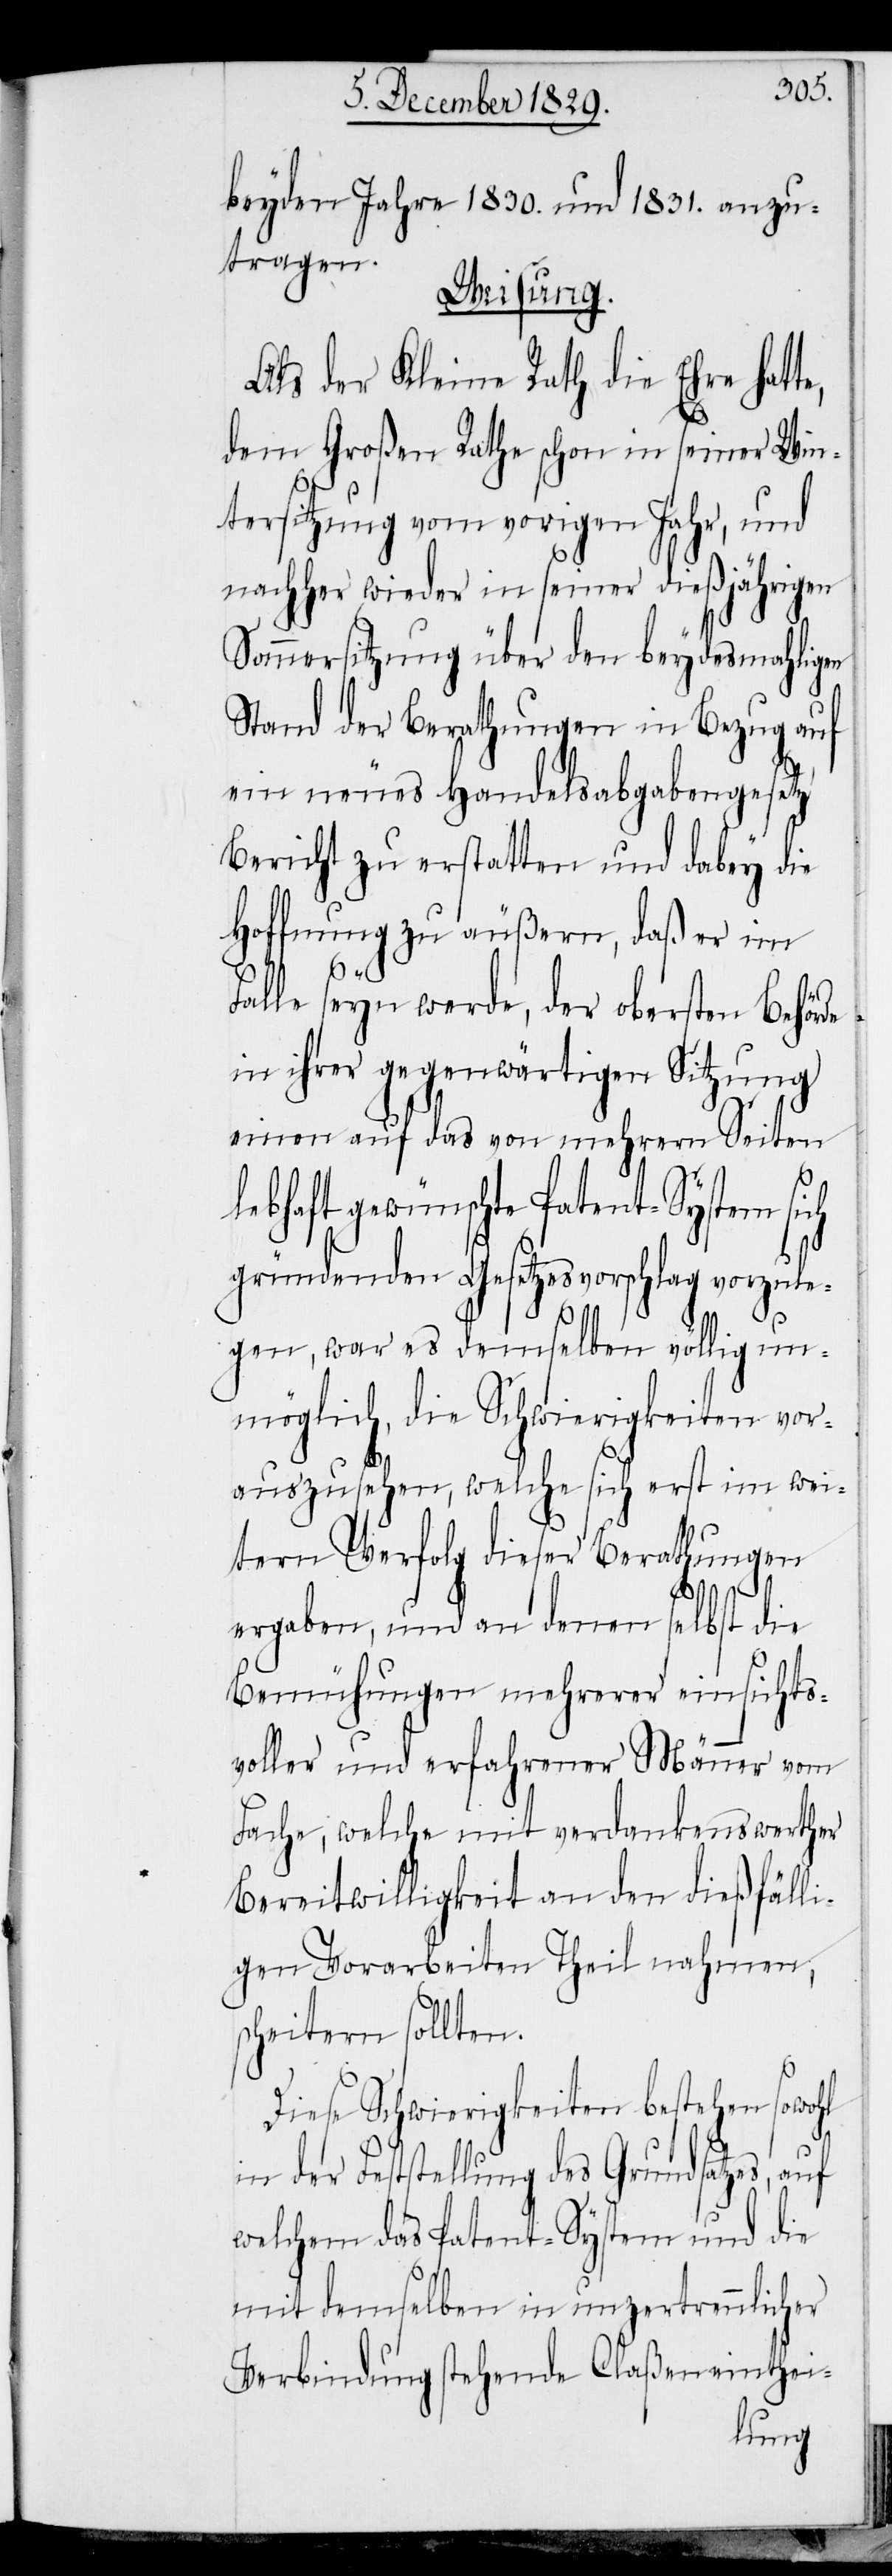
beyden Jahre 1830. und 1831. anzu¬
tragen.
Weisung.
Als der Kleine Rath die Ehre hatt¬
dem Großen Rathe schon in seiner Win¬
tersitzung vom vorigen Jahr, und
nachher wieder in seiner dießjährigen
Sommersitzung über den beydesmahligen
Stand der Berathungen in Bezug auf
ein neues Handelsabgabengesetz
Bericht zu erstatten und dabey die
Hoffnung zu äußern, daß er im
Falle seyn werde, der obersten Behörde
in ihrer gegenwärtigen Sitzung
einen auf das von mehrern Seiten
e,
hte Patent-System sich
gründenden Gesetzesvorschlag vorzule¬
gen, war es demselben völlig un¬
möglich, die Schwierigkeiten vor¬
auszusehen, welche sich erst im wei¬
tern Verfolg dieser Berathungen
ergaben, und an denen selbst die
Bemühungen mehrerer einsichts¬
voller und erfahrener Männer vom
Fache, welche mit verdankenswerther
Bereitwilligkeit an den dießfälli¬
gen Vorarbeiten Theil nehmen,
scheitern sollten.
Diese Schwierigkeiten bestehen sowohl
in der Feststellung des Grundsatzes, auf
welchem das Patent-System und der
mit demselben in unzertrennlicher
Verbindung stehende Claßeneinthei-